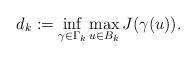
LaTeX: \begin{align*}d_{k}:=\inf_{\gamma\in \Gamma_{k}}\max_{u\in B_{k}} J(\gamma (u)).\end{align*}